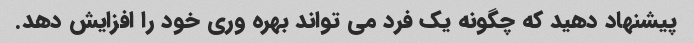
پیشنهاد دهید که چگونه یک فرد می تواند بهره وری خود را افزایش دهد.